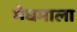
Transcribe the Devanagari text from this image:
मेघमाला